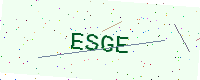
Text: ESGE